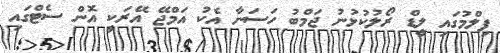
ފިލްމުގައި ލީޑް ރޯލުކުޅުނު ޖަމްބު ހަސަނާ އެކު އަމްޖޭ އޭރަކީ އޮން ސެޓްގައި